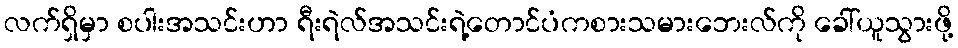
လက်ရှိမှာ စပါးအသင်းဟာ ရီးရဲလ်အသင်းရဲ့တောင်ပံကစားသမားဘေးလ်ကို ခေါ်ယူသွားဖို့